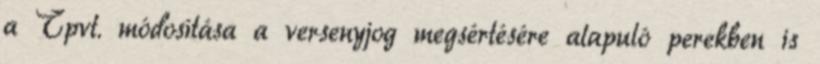
a Tpvt. módosítása a versenyjog megsértésére alapuló perekben is